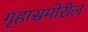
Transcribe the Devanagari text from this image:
गृहासमोरील